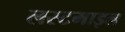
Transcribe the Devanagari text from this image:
लस्टमाइल